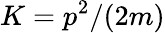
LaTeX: K=p^{2}/(2m)